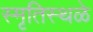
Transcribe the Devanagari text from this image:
स्मृतिस्थळे